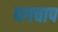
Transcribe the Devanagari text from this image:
पगचाप